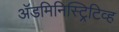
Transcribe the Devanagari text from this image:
अॅडमिनिस्ट्रिटिव्ह